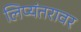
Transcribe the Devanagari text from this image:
लिप्यंतरावर